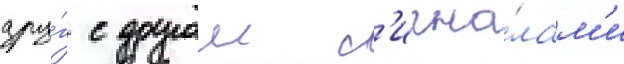
дру́г с другом с'игна́лам'и